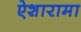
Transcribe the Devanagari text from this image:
ऐशारामा